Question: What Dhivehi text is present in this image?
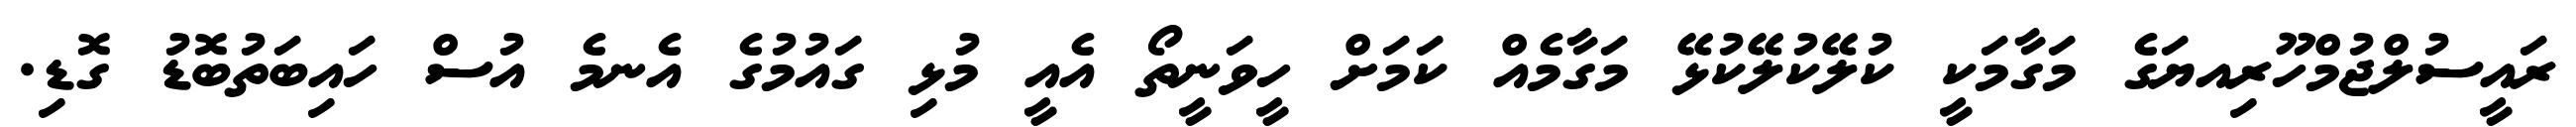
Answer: ރައީސުލްޖުމްހޫރިއޔަގެ މަގާމަކީ ކުލޭކުލޭކުޅޭ މަގާމެއް ކަމަށް ހީވަނީތޯ އެއީ މުޅި ގައުމުގެ އެނމެ އުސް ހައިބަތުބޮޑު ގޮޑި.